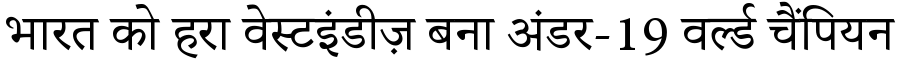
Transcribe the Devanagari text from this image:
भारत को हरा वेस्टइंडीज़ बना अंडर-19 वर्ल्ड चैंपियन